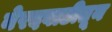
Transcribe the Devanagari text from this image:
नेरदवाडीतून